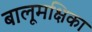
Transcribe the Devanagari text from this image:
बालूमक्षिका